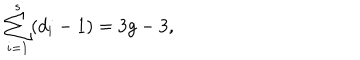
\sum _ { i = 1 } ^ { s } ( d _ { i } - 1 ) = 3 g - 3 ,